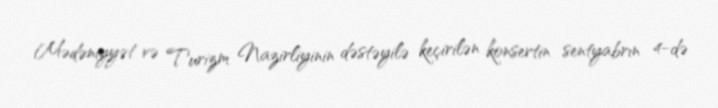
Mədəniyyət və Turizm Nazirliyinin dəstəyilə keçirilən konsertin sentyabrın 4-də